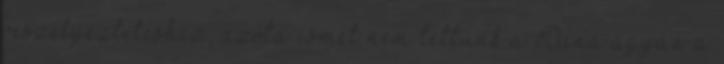
veszélyeztetéshez, azóta ismét nem tettünk a Duna ágyán a